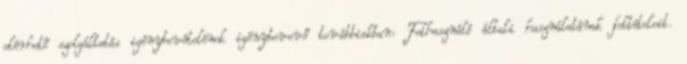
elérhető szolgáltatás igénybevételének igénybevevő továbbiakban: Felhasználó általi használatának feltételeit.